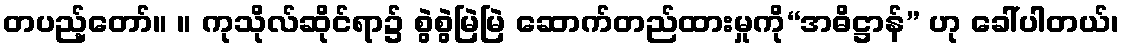
တပည့်တော်။ ။ ကုသိုလ်ဆိုင်ရာ၌ စွဲစွဲမြဲမြဲ ဆောက်တည်ထားမှုကို“အဓိဋ္ဌာန်” ဟု ခေါ်ပါတယ်၊